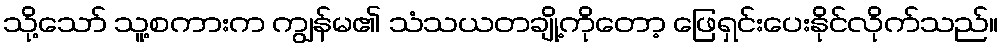
သို့သော် သူ့စကားက ကျွန်မ၏ သံသယတချို့ကိုတော့ ဖြေရှင်းပေးနိုင်လိုက်သည်။